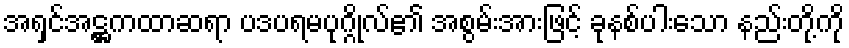
အရှင်အဋ္ဌကထာဆရာ ပဒပရမပုဂ္ဂိုလ်၏ အစွမ်းအားဖြင့် ခုနစ်ပါးသော နည်းတို့ကို